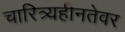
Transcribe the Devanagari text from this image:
चारित्र्यहीनतेवर